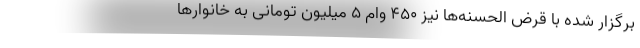
برگزار شده با قرض الحسنه‌ها نیز ۴۵۰ وام ۵ میلیون تومانی به خانوارها